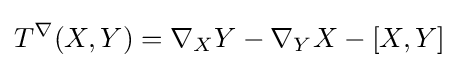
T^{\nabla }(X,Y)=\nabla _{X}Y-\nabla _{Y}X-[X,Y]